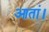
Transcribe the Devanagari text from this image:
आतां।